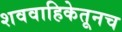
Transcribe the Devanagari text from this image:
शववाहिकेतूनच